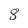
Character: 8